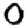
Digit: 0